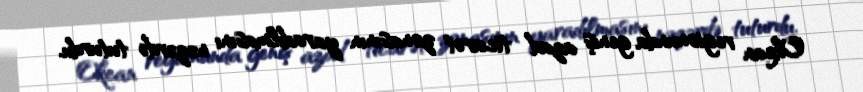
Okean regionunda geniş azad ticarət zonasının yaradılmasını nəzərdə tuturdu.